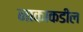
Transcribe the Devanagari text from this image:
नाकाकडील